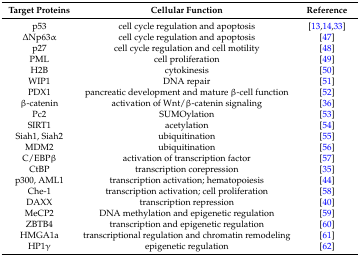
<table><thead><tr><td><b>Target Proteins</b></td><td><b>Cellular Function</b></td><td><b>Reference</b></td></tr></thead><tbody><tr><td>p53</td><td>cell cycle regulation and apoptosis</td><td>[13,14,33]</td></tr><tr><td>ΔNp63α</td><td>cell cycle regulation and apoptosis</td><td>[47]</td></tr><tr><td>p27</td><td>cell cycle regulation and cell motility</td><td>[48]</td></tr><tr><td>PML</td><td>cell proliferation</td><td>[49]</td></tr><tr><td>H2B</td><td>cytokinesis</td><td>[50]</td></tr><tr><td>WIP1</td><td>DNA repair</td><td>[51]</td></tr><tr><td>PDX1</td><td>pancreatic development and mature β-cell function</td><td>[52]</td></tr><tr><td>β-catenin</td><td>activation of Wnt/β-catenin signaling</td><td>[36]</td></tr><tr><td>Pc2</td><td>SUMOylation</td><td>[53]</td></tr><tr><td>SIRT1</td><td>acetylation</td><td>[54]</td></tr><tr><td>Siah1, Siah2</td><td>ubiquitination</td><td>[55]</td></tr><tr><td>MDM2</td><td>ubiquitination</td><td>[56]</td></tr><tr><td>C/EBPβ</td><td>activation of transcription factor</td><td>[57]</td></tr><tr><td>CtBP</td><td>transcription corepression</td><td>[35]</td></tr><tr><td>p300, AML1</td><td>transcription activation; hematopoiesis</td><td>[44]</td></tr><tr><td>Che-1</td><td>transcription activation; cell proliferation</td><td>[58]</td></tr><tr><td>DAXX</td><td>transcription repression</td><td>[40]</td></tr><tr><td>MeCP2</td><td>DNA methylation and epigenetic regulation</td><td>[59]</td></tr><tr><td>ZBTB4</td><td>transcription and epigenetic regulation</td><td>[60]</td></tr><tr><td>HMGA1a</td><td>transcriptional regulation and chromatin remodeling</td><td>[61]</td></tr><tr><td>HP1γ</td><td>epigenetic regulation</td><td>[62]</td></tr></tbody></table>